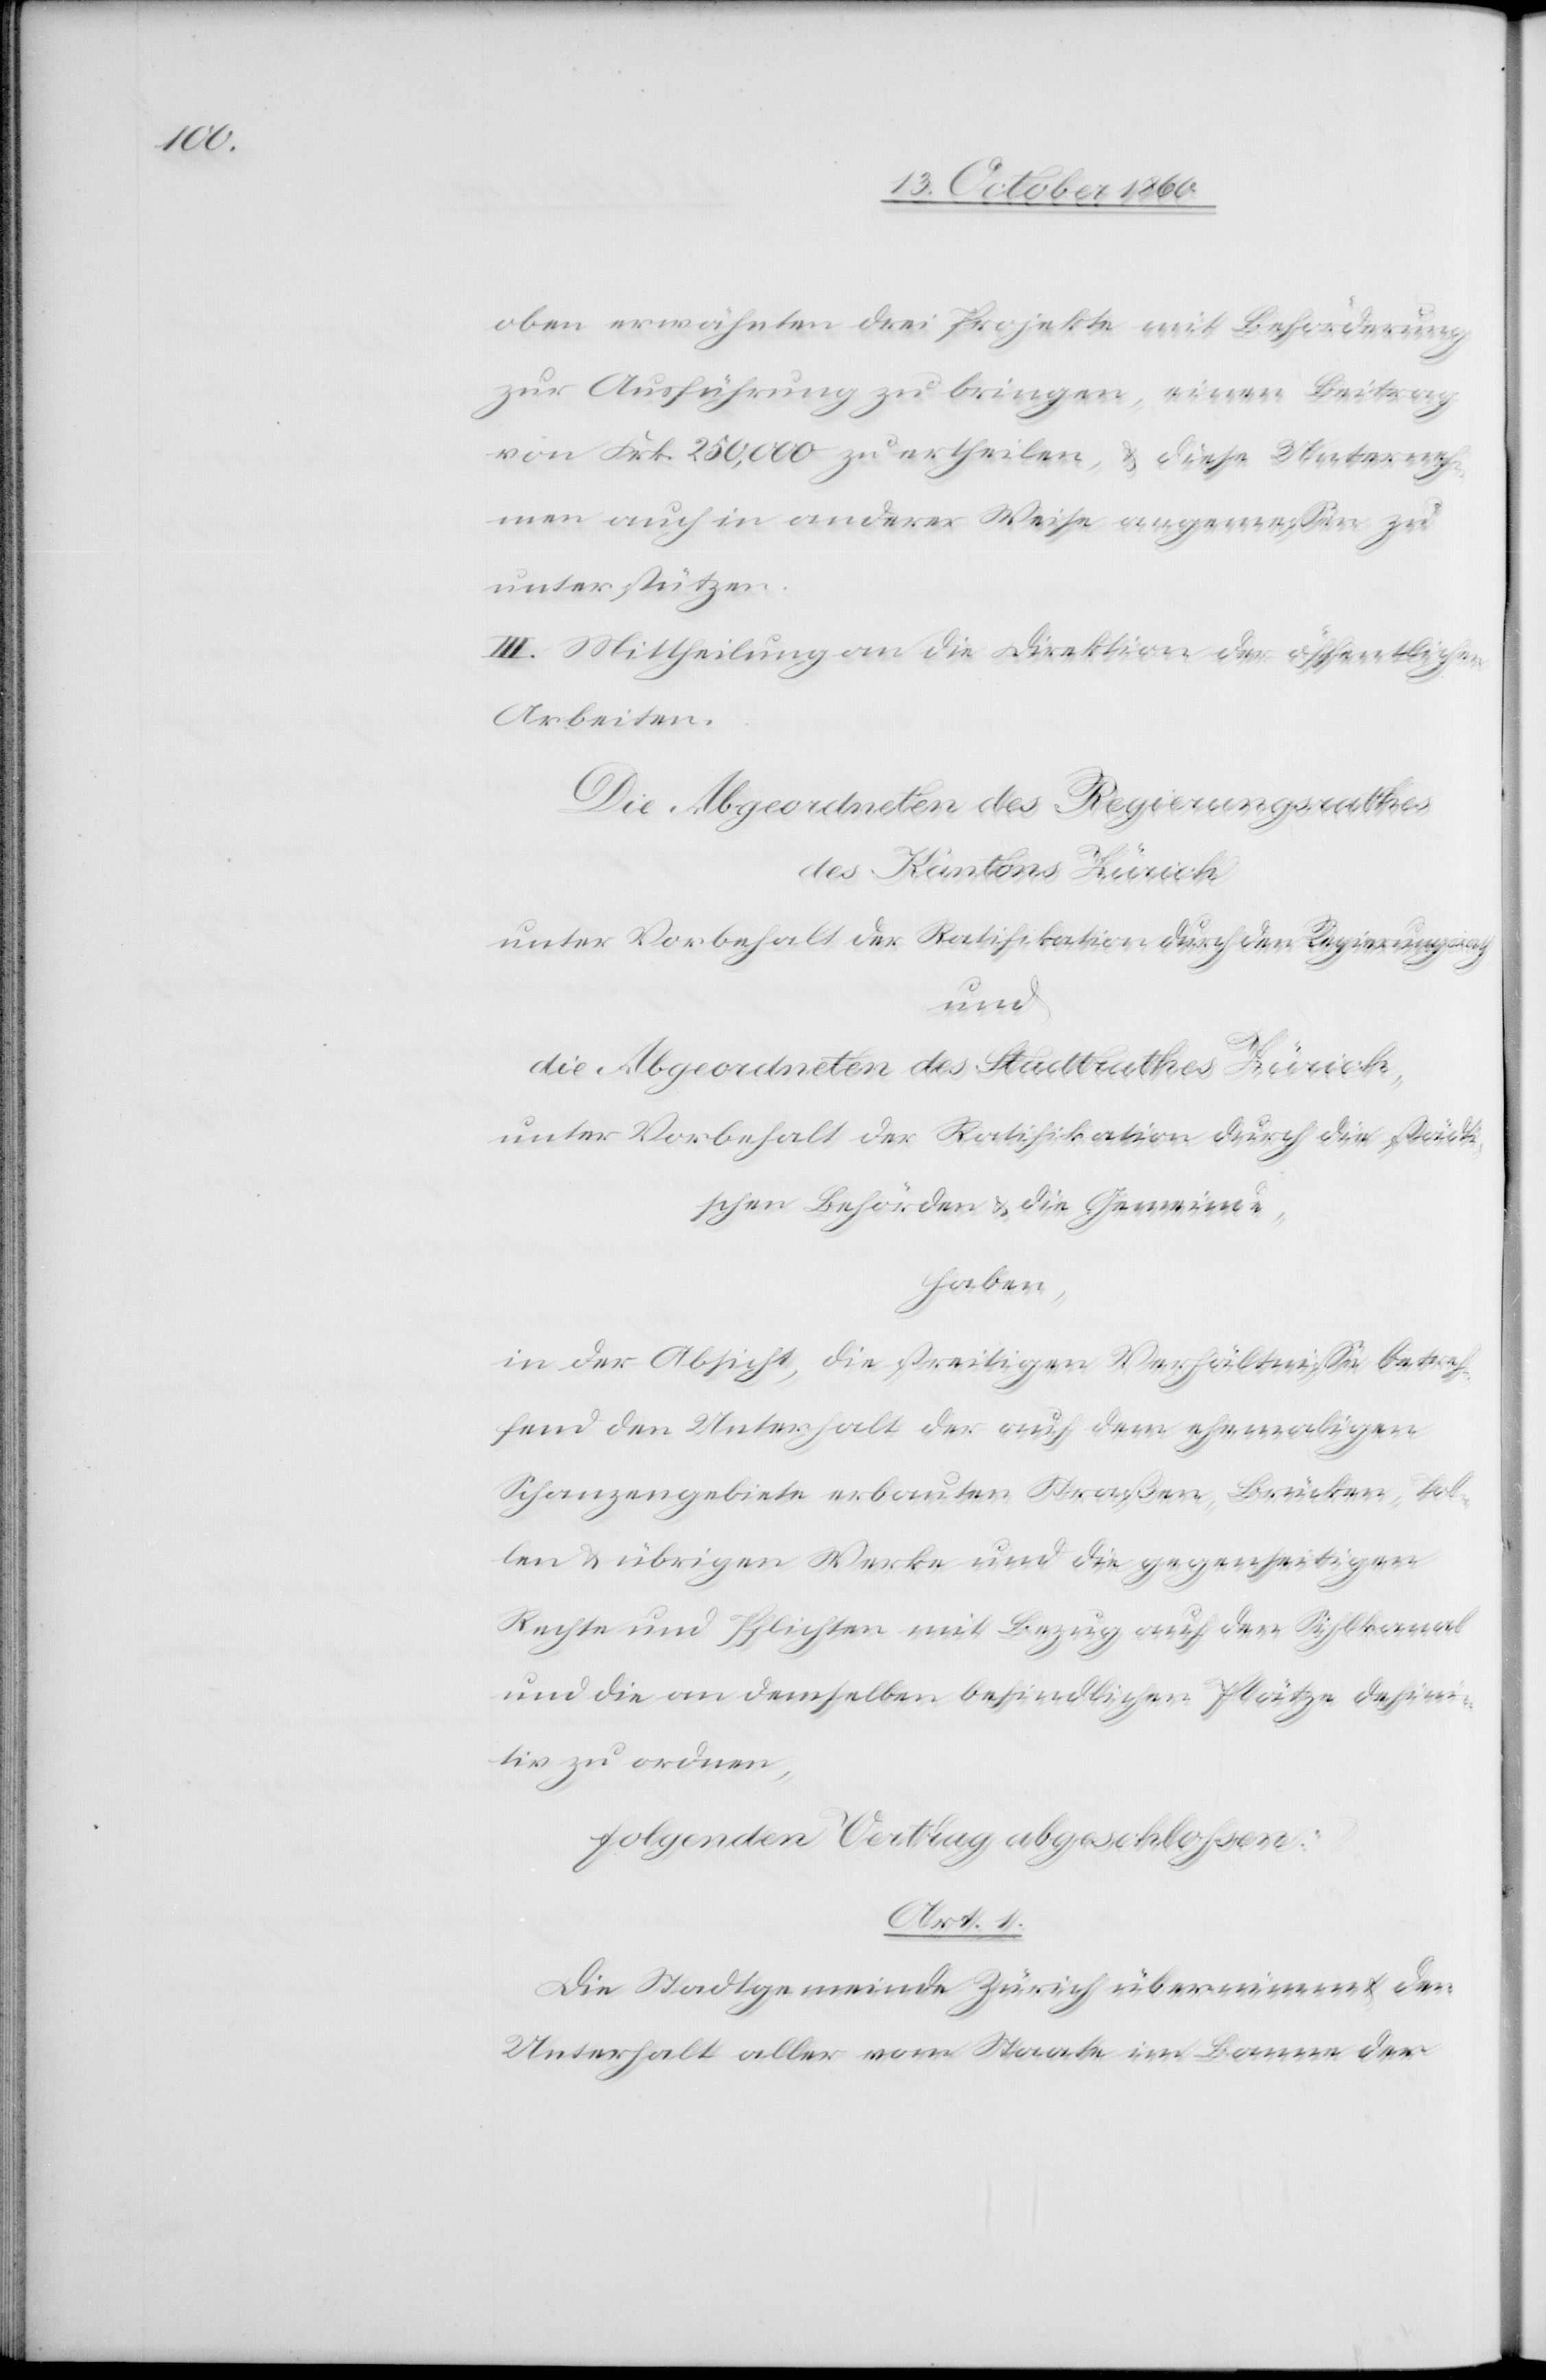
obern erwähnten drei Projekte mit Beförderung
zur Ausführung zu bringen, einen Beitrag
von Frk. 350,000 zu ertheilen, u. diese Unterneh¬
men auch in anderer Weise angemessen zu
unterstützen.
III. Mittheilung an die Direktion der öffentlichen
Arbeiten.
Die Abgeordneten des Regierungsrathes
des Kantons Zürich
unter Vorbehalt der Ratifikation durch den Regierungsrath
und
die Abgeordneten des Stadtrathes Zürich,
unter Vorbehalt der Ratifikation durch die städti¬
schen Behörden u. die Gemeinde,
haben,
in der Absicht, die streitigen Verhältnisse betref¬
fend den Unterhalt der auf dem ehemaligen
Schanzengebiete erbauten Straßen, Brücke, Tol¬
len u. übrigen Werke und die gegenseitigen
Rechten und Pflichten mit Bezug auf den Sihlkanal
und die an demselben befindlichen Plätze defini¬
tiv zu ordnen,
folgenden Vertrag abgeschlossen:
Art. 1.
Die Stadtgemeinde Zürich übernimmt den
Unterhalt aller vom Staate im Banne der